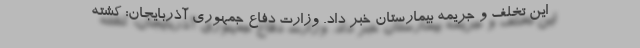
این تخلف و جریمه بیمارستان خبر داد. وزارت دفاع جمهوری آذربایجان: کشته